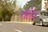
તાઇ